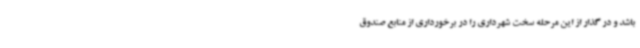
باشد و در گذار از این مرحله سخت شهرداری را در برخورداری از منابع صندوق